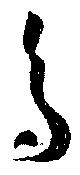
多